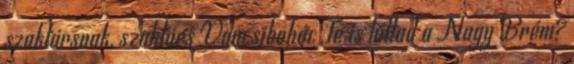
szaktársnak, szaktárs Vancsibohóc Te is láttad a Nagy Brém?